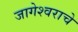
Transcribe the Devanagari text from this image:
जागेश्वराचे